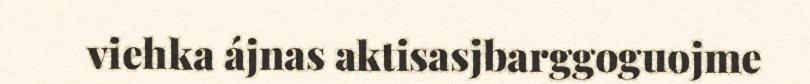
viehka ájnas aktisasjbarggoguojme